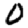
Digit: 0